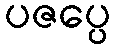
ပဇပ္ပေ